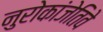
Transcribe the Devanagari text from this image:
नुरोकांजेतिवे